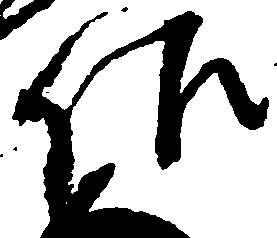
佐